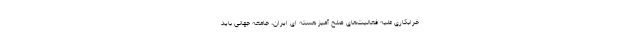
خرابکاری علیه فعالیت‌های صلح آمیز هسته ای ایران، جامعه جهانی باید